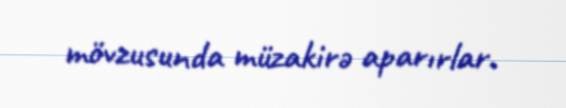
mövzusunda müzakirə aparırlar.